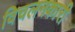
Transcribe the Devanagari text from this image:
विचलनकारी